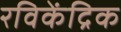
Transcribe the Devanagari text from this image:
रविकेंद्रिक